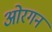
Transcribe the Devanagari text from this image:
ओरगन